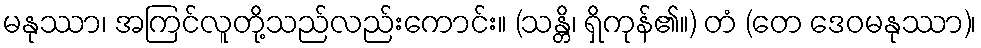
မနုဿာ၊ အကြင်လူတို့သည်လည်းကောင်း။ (သန္တိ၊ ရှိကုန်၏။) တံ (တေ ဒေဝမနုဿာ)၊